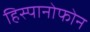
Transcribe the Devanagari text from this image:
हिस्पानोफोन